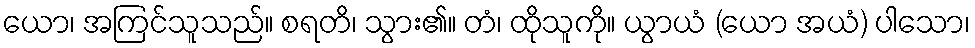
ယော၊ အကြင်သူသည်။ စရတိ၊ သွား၏။ တံ၊ ထိုသူကို။ ယွာယံ (ယော အယံ) ပါသော၊